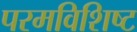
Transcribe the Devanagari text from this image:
परमविशिष्ट